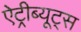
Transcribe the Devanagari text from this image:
ऐट्रीब्यूट्स